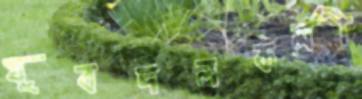
যুবদলকর্মী